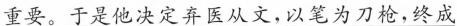
重要。于是他决定弃医从文，以笔为刀枪，终成